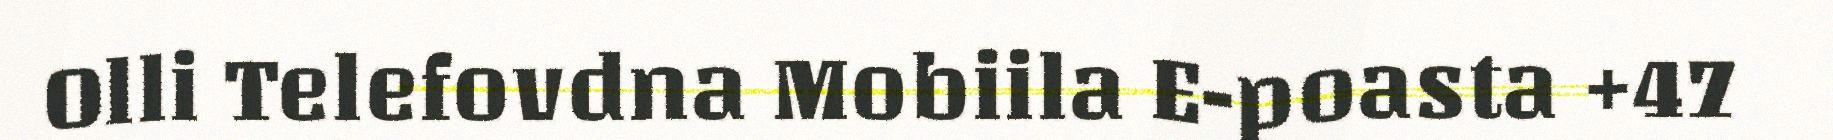
Olli Telefovdna Mobiila E-poasta +47